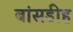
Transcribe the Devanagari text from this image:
बांसडीह